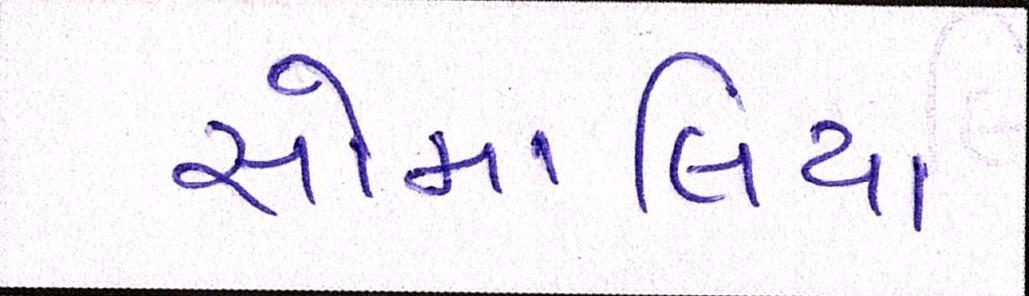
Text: સોમાલિયા